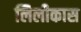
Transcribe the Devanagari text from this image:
लिलीकास